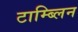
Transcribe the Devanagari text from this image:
टाम्ब्लिन